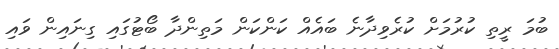
ބުމަ ރީތި ކުރުމަށް ކުރެވިދާނެ ބައެއް ކަންކަން މަތިންދާ ބޯޓުގައި ގިނައިން ވައި